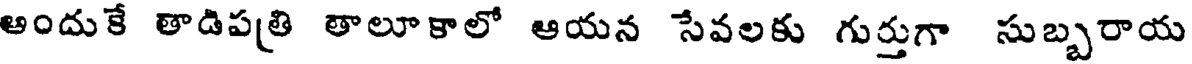
అందుకే తాడిపతి తాలూకాలో ఆయన సేవలకు గుర్తుగా సుబ్బరాయ